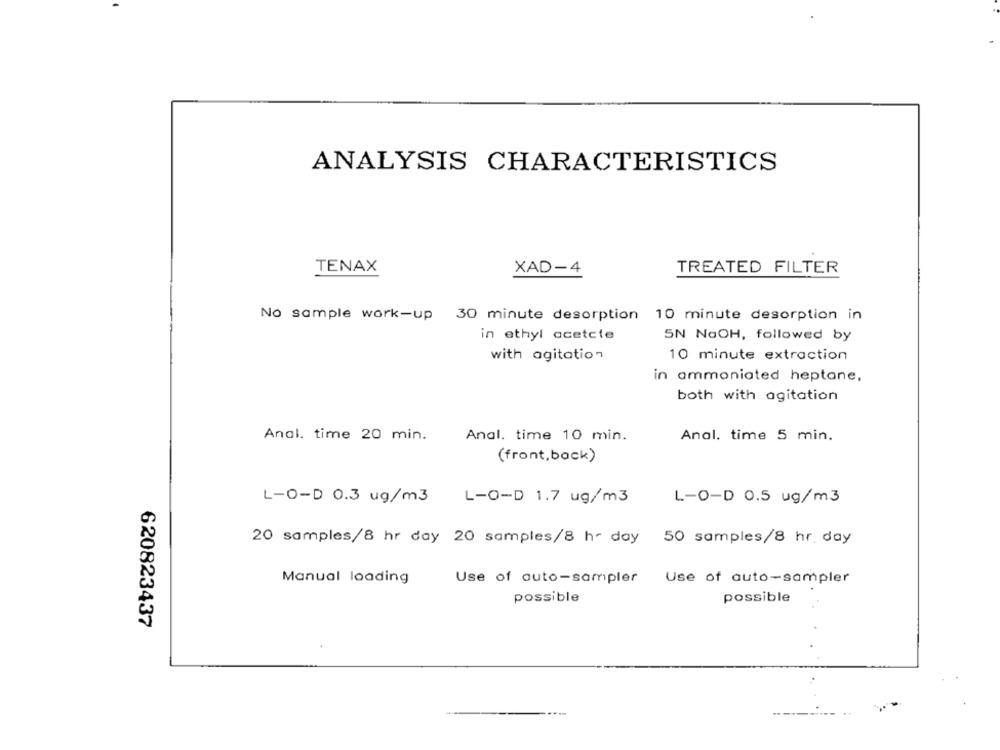
ANALYSIS CHARACTERISTICS
TENAX
XAD-4
TREATED FILTER
No sample work-up 30 minute desorption 10 minute desorption in
in ethyl acetate
SN NaOH, followed by
with agitation
10 minute extraction
in ammoniated heptane.
both with agitation
Anal. time 20 min.
Anal. time 10 min.
Anal. time 5 min.
(front,back)
L-O-D 0.3 ug/m3
L-O-D 1.7 ug/m3
L-O-D 0.5 ug/m3
20 samples/8 hr day 20 samples/8 h- day 50 samples/8 hr day
Manual loading
Use of auto-sampler
Use of auto-sampler
possible
possible
620823437